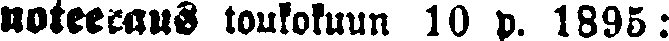
noteeraus toukokuun 10 p. 1895: